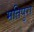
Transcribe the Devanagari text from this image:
मतिपुरा